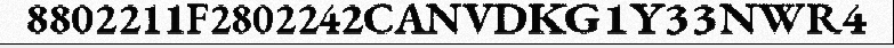
8802211F2802242CANVDKG1Y33NWR4